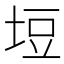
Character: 𭎞